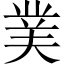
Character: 菐